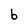
Character: b